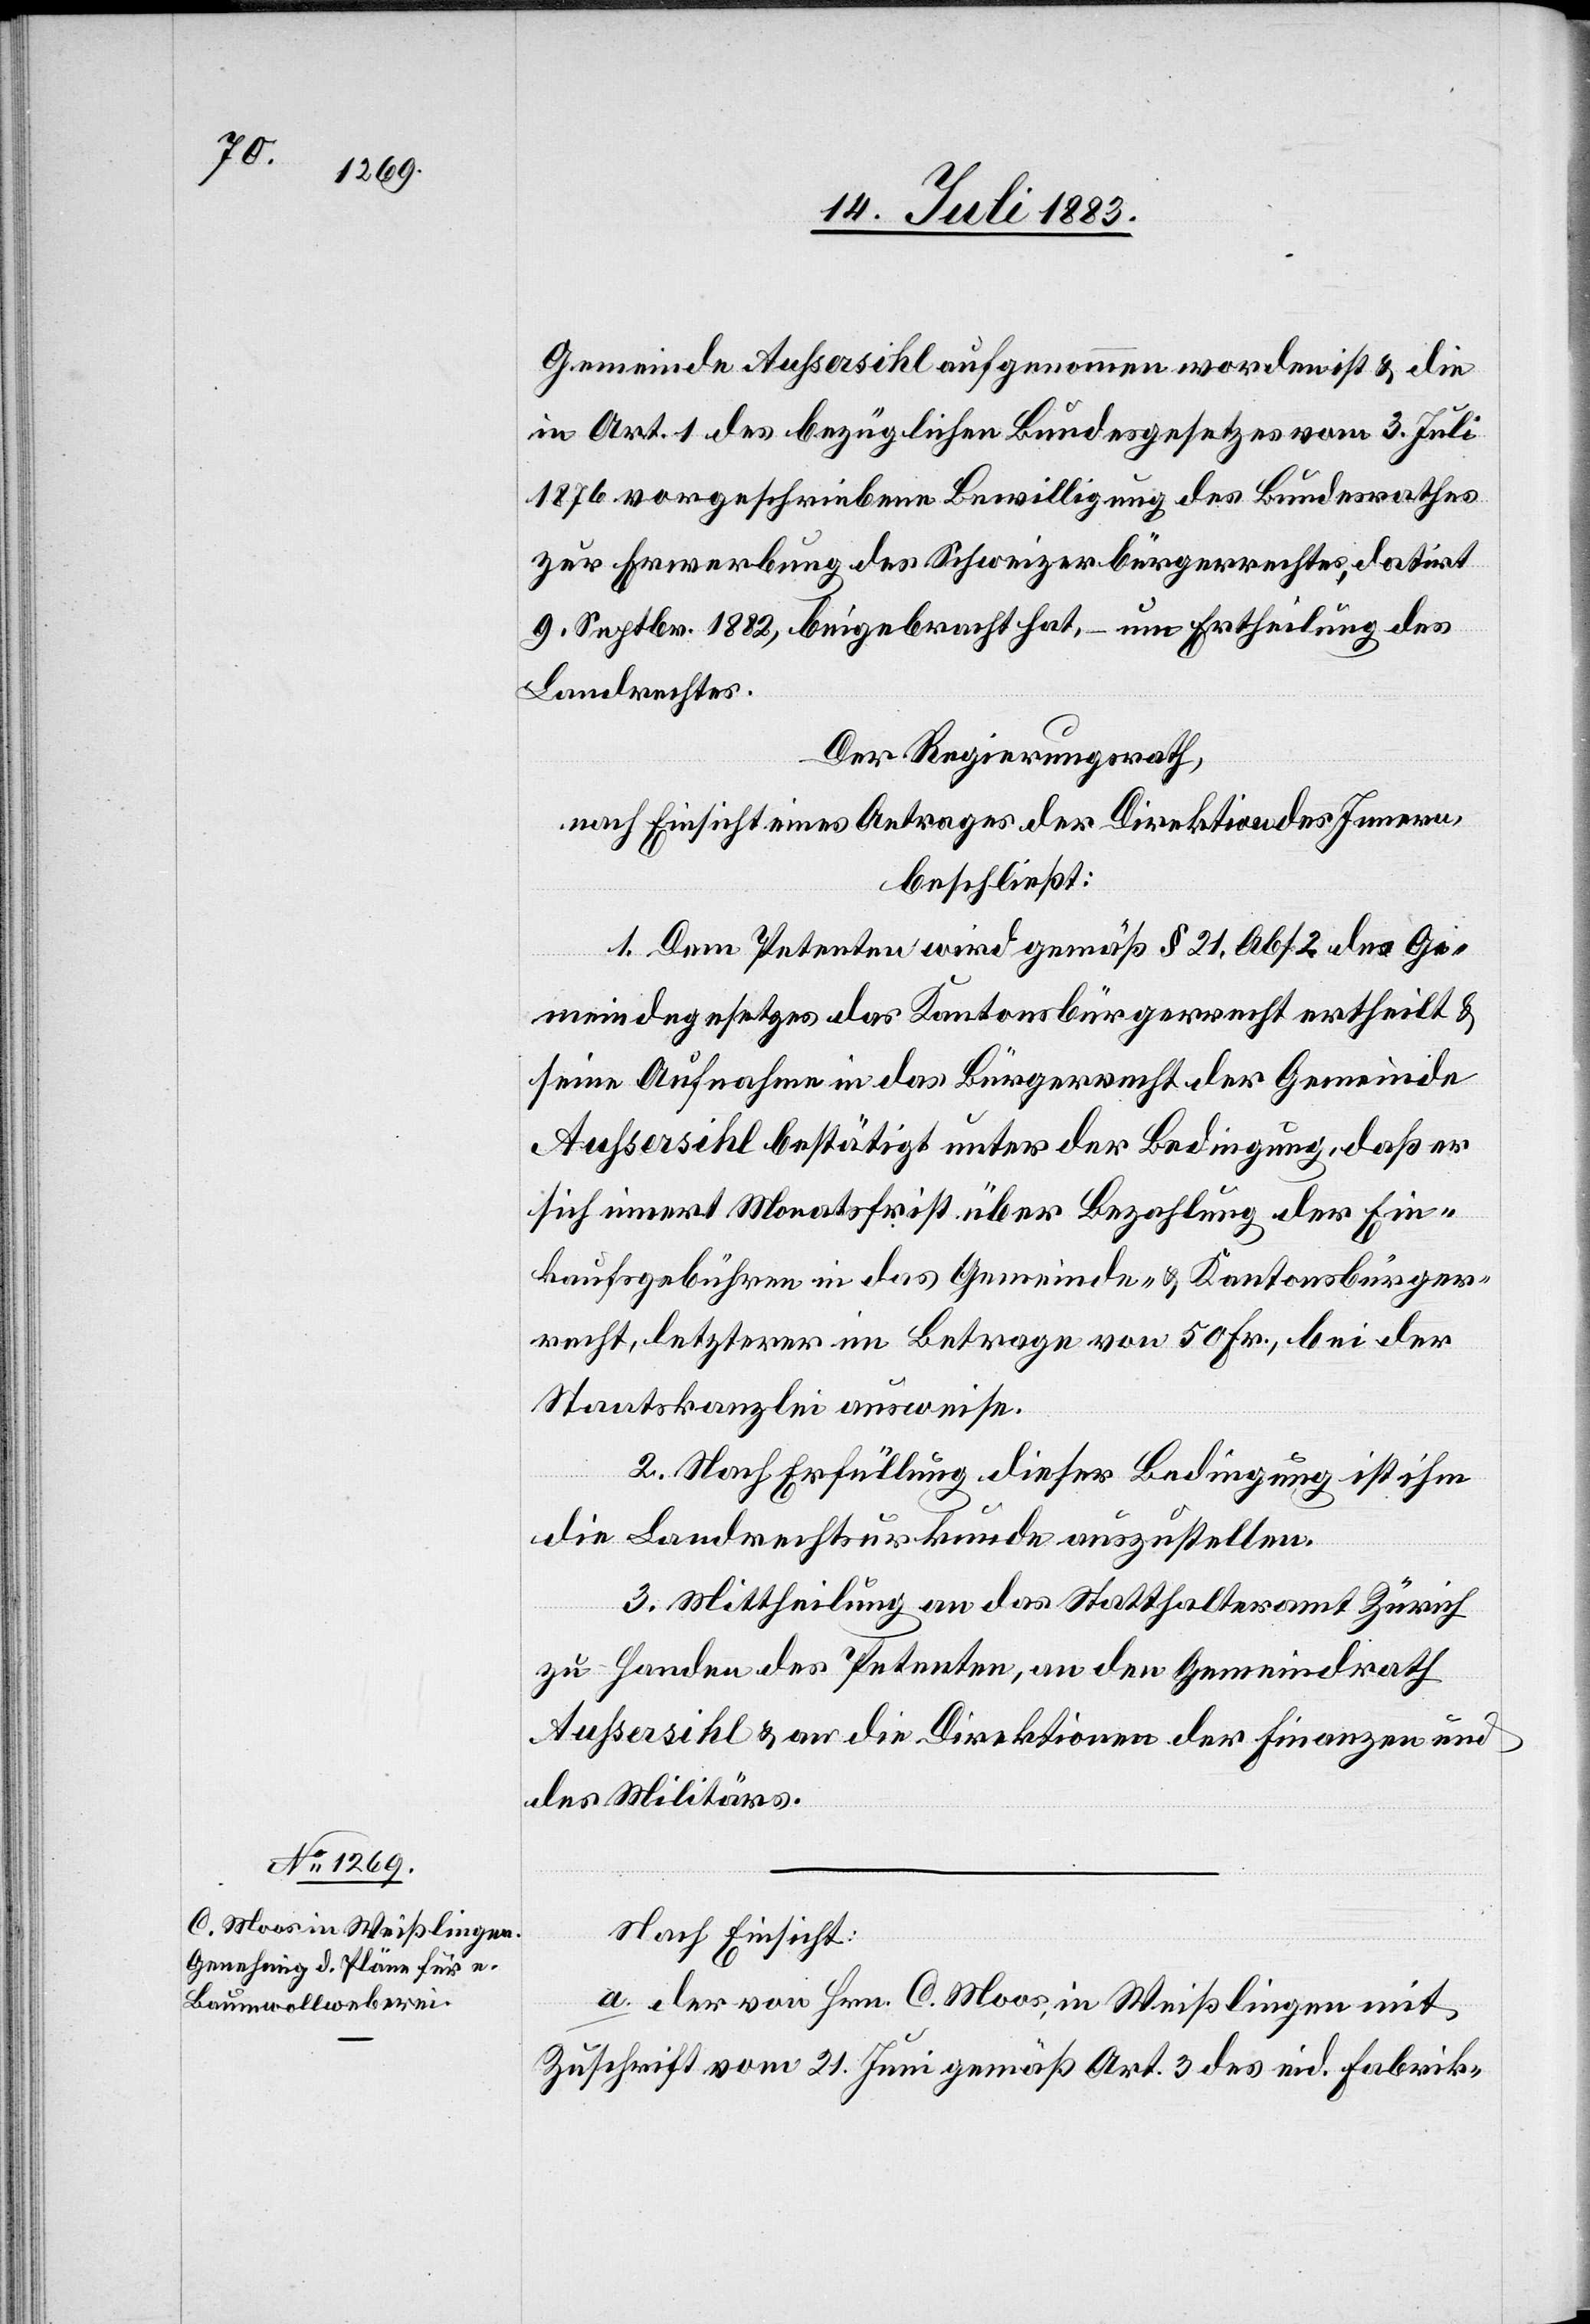
Gemeinde Außersihl aufgenommen worden ist & die
in Art. 1 des bezüglichen Bundesgesetzes vom 3. Juli
1876 vorgeschriebene Bewilligung des Bundesrathes
zur Erwerbung des Schweizerbürgerrechtes, datirt
9. Septbr. 1882, beigebracht hat, – um Ertheilung des
Landrechtes.
Der Regierungsrath,
nach Einsicht eines Antrages der Direktion des Innern,
beschließt:
1. Dem Petenten wird gemäß § 21, Abs. 2 des Ge¬
meindegesetzes das Kantonsbürgerrecht ertheilt &
seine Aufnahme in das Bürgerrecht der Gemeinde
sich innert Monatsfrist über Bezahlung der Ein¬
kaufsgebühren in das Gemeinde- & Kantonsbürger¬
recht, letzterer im Betrage von 50 Fr., bei der
Staatskanzlei ausweise.
Bedingung,
2. Nach Erfüllung dieser Bedingung ist ihm
die Landrechtsurkunde auszustellen.
3. Mittheilung an das Statthalteramt Zürich
zu Handen des Petenten, an den Gemeindrath
Außersihl & an die Direktionen der Finanzen und
des Militärs.
Nach Einsicht:
a. der von Hrn. C. Moos, in Weißlingen mit
Zuschrift vom 21. Juni gemäß Art. 3 des eid. Fabrik-